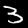
Digit: 3